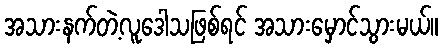
အသားနက်တဲ့လူဒေါသဖြစ်ရင် အသားမှောင်သွားမယ်။